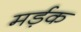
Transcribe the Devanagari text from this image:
मर्ड़क